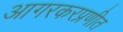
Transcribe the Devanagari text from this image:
आगरकरप्रणीत